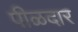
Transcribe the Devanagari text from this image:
पीळदार